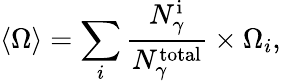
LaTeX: \langle{\Omega}\rangle=\sum_{i}\frac{N_{\gamma}^{\mathrm{i}}}{N_{\gamma}^{\mathrm{total}}}\times{\Omega}_{i},